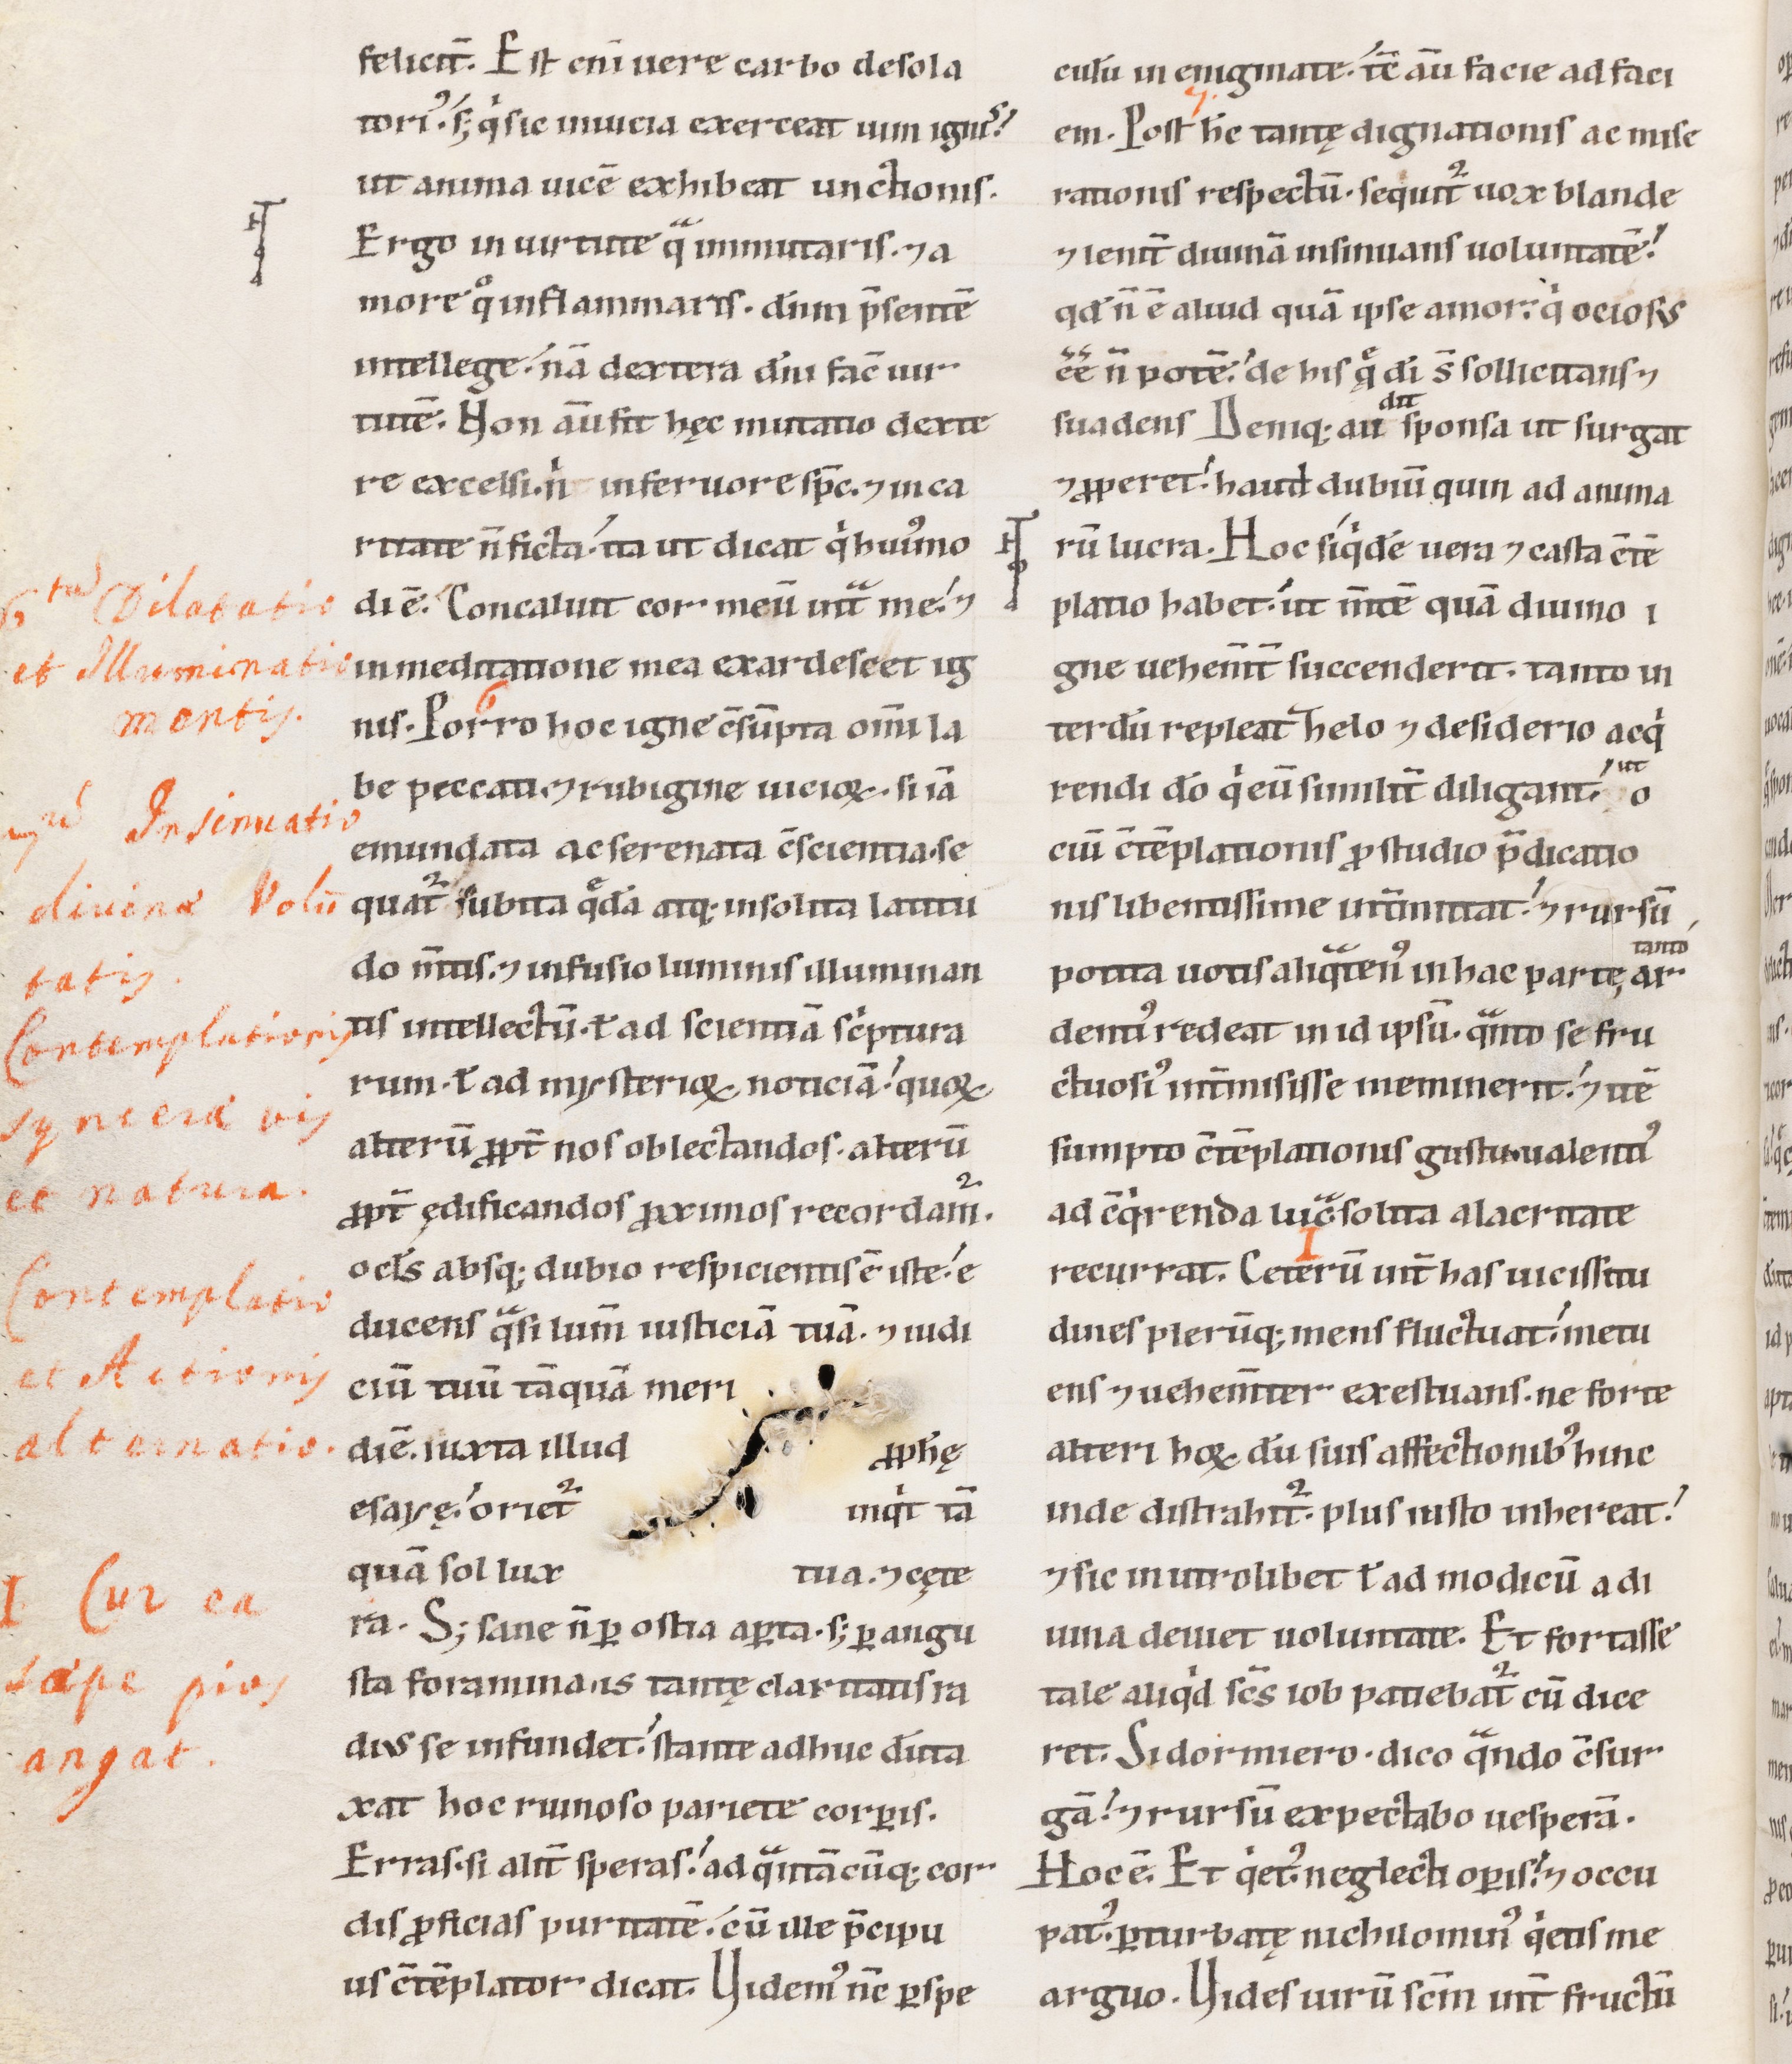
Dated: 1100–1199